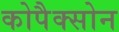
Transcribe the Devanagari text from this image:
कोपैक्सोन